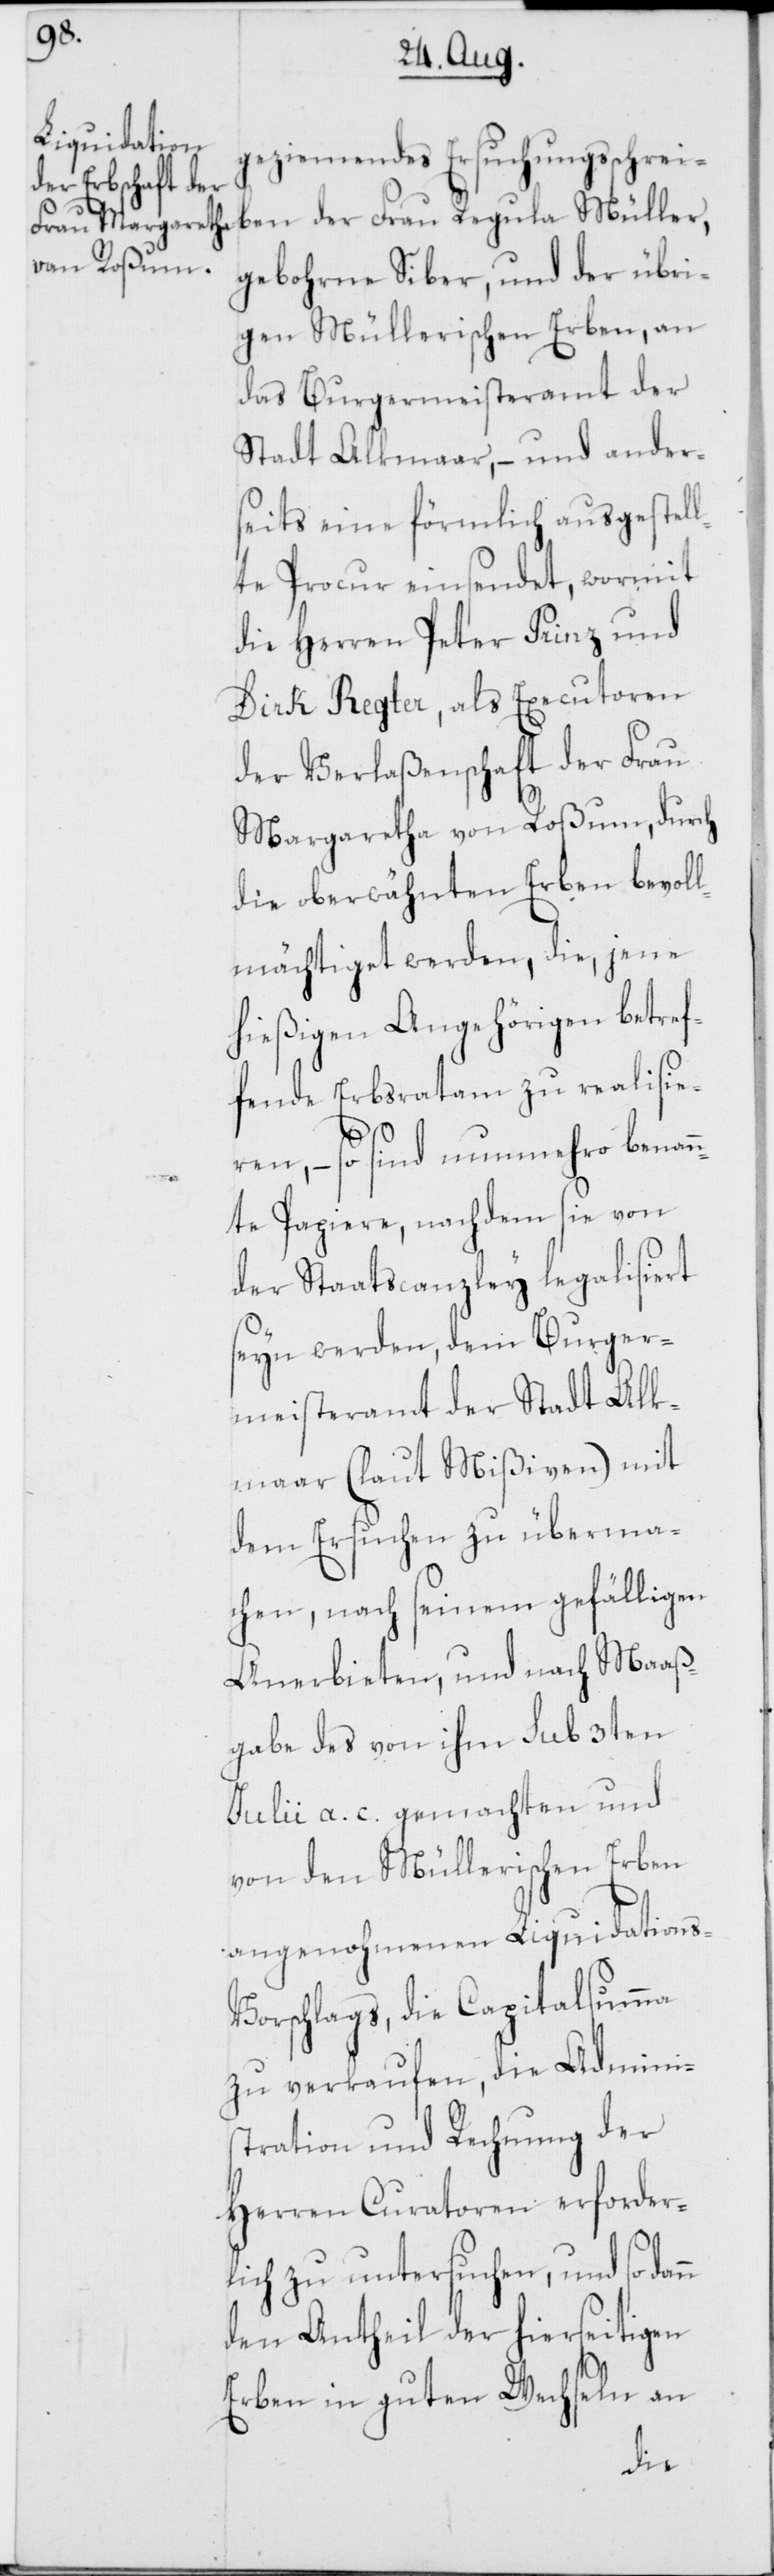
Margaretha
von Roßum

geziemendes Ersuchungsschrei¬
ben der Frau Regula Müller,
gebohrne Siber, und der übri¬
gen Müllerischen Erben, an
das Burgermeisteramt der
Stadt Alkmaar, – und ander¬
seits eine förmlich ausgestell¬
te Procur einsendet, wormit
die Herren Peter Prinz und
Dirk Regter, als Executoren
der Verlaßenschaft der Frau
die oberwähnten Erben bevoll¬
mächtiget werden, die, jene
hießigen Angehörigen betref¬
fende Erbsratam zu realisie¬
ren, – so sind nunmehro benan¬
nte Papiere, nachdem sie von
der Staatscanzley legalisiert
seyn werden, dem Burger¬
meisteramt der Stadt Alk¬
maar (laut Mißiven) mit
dem Ersuchen zu überma¬
chen, nach seinem gefälligen
Anerbieten, und nach Maaß¬
gabe des von ihm sub 3ten
Julii a. c. gemachten und
von den Müllerischen Erben
angenohmenen Liquidation¬
s-Vorschlags, die Capitalsumma
zu verkaufen, die Adminis¬
tration und Rechnung der
Herren Curatoren erforder¬
lich zu untersuchen, und so dann
den Antheil der hierseitigen
Erben in guten Wechseln an